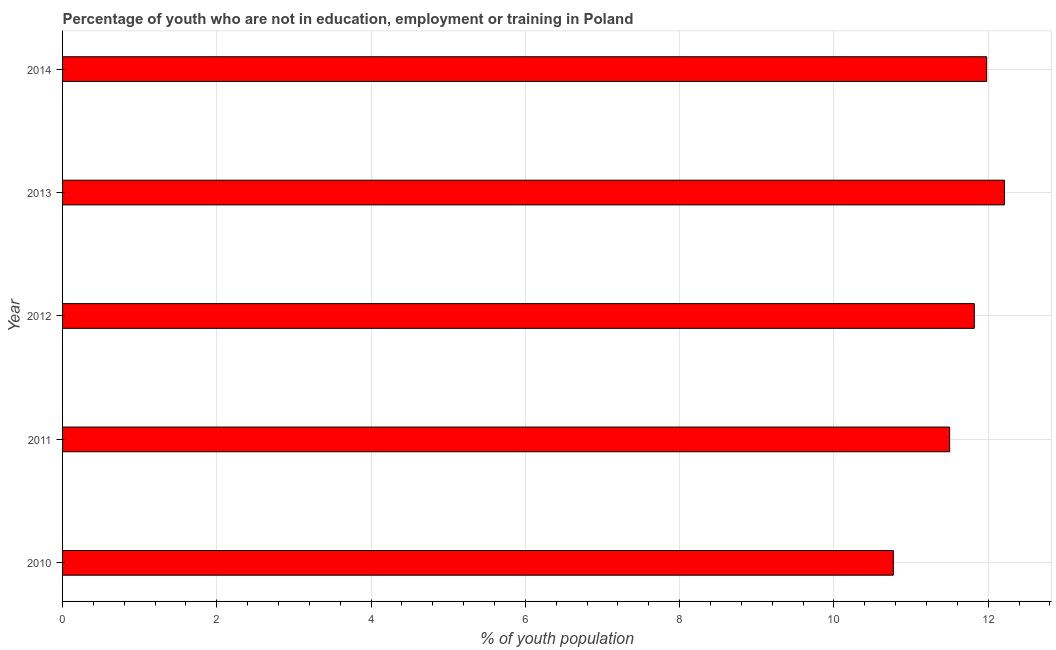
| Year | Unemployed youth |
 | --- | --- |
 | 2010 | 10.8 |
 | 2011 | 11.5 |
 | 2012 | 11.8 |
 | 2013 | 12.2 |
 | 2014 | 12 |